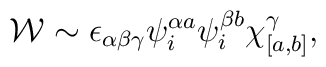
{\cal W}\sim \epsilon_{\alpha \beta \gamma} \psi^{\alpha a}_{i} \psi^{\beta b}_{i}\chi^\gamma_{[a,b]},